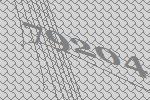
79204